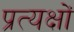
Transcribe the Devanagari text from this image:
प्रत्यक्षों